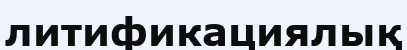
литификациялық